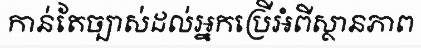
កាន់តែច្បាស់ដល់អ្នកប្រើអំពីស្ថានភាព